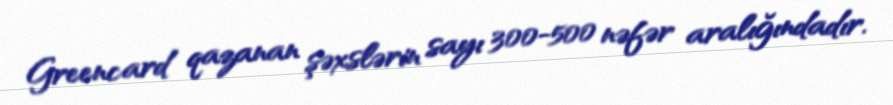
Greencard qazanan şəxslərin sayı 300-500 nəfər aralığındadır.